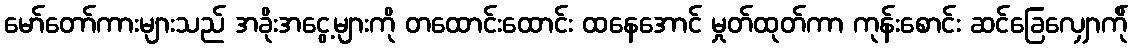
မော်တော်ကားများသည် အခိုးအငွေ့များကို တထောင်းထောင်း ထနေအောင် မှုတ်ထုတ်ကာ ကုန်းစောင်း ဆင်ခြေလျှောက်ို